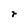
Character: r